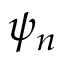
\psi _ { n }